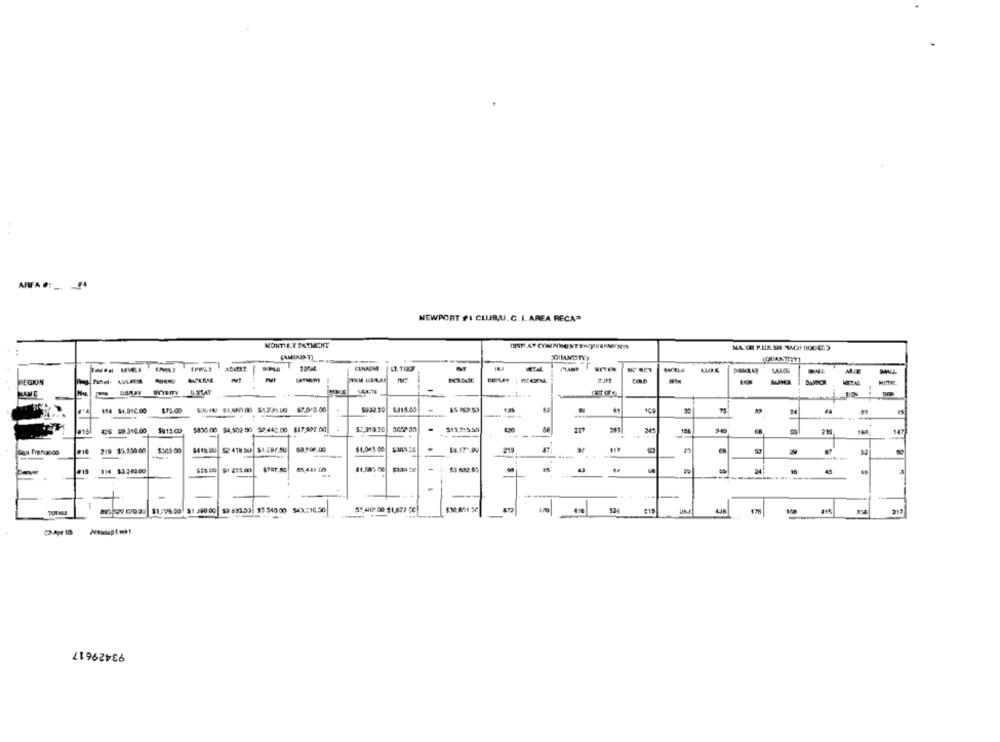
AFFFA #: _. 44
NEWPORT FI CLUB,U.C. I. AREA RECAR
MONTHLY PAYMENT
CAMOUST
"QUANDTY)
ELMAGME
LAAGS
REGION
MET.
KAME
DERAY
114 54,012.00
$75.00
SOU ELAR100 $1230.00 $7.0/0.00
$315.00
-
#15
€5 59.314.00
1813.@0
$830.00 $4,502 00" 59 445 00 817.507.00
$3,919.50
511215.59
345
154
---
219 35,130 00
$305.00
418 50 51.697.50
$1,005 00
cena Frananos
$1 2:5.00
$1,505. 20
-
53 632 65
43
-
114 13:340.00
$18. DO
45
-
----
893 59.6099 $1275 00 51 290 00 59 835.59 55 540.00 549 -1650
$7419.00 $1,677 CC!
438
93429617